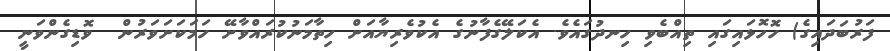
ފަރުބަދައިގެ) ހޮހޮޅައިގައި ތިއްބެވި ހިނދުގައެވެ. އެކަލޭގެފާނުގެ އެކުވެރިޔާއަށް ހިތާމަނުކުރައްވާށޭ ހަމަކަށަވަރުން  ވޮޑިގެންވަނީ